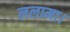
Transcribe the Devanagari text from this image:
ललामा।